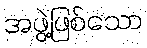
အဖွဲ့ဖြစ်သော